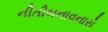
નીતીબનાવનારો